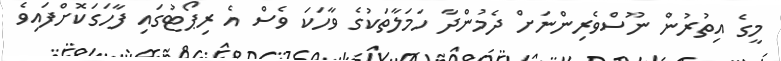
މީގެ އިތުރުން ނޫސްވެރިންނަށް ދެމުންދާ ހަމަލާތަކުގެ ވާހަކަ ވެސް އެ ރިޕޯޓުގައި ފާހަގަކޮށްފައިވެ